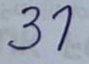
31